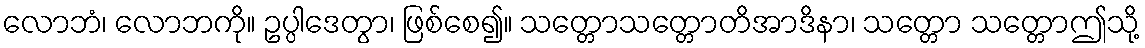
လောဘံ၊ လောဘကို။ ဥပ္ပါဒေတွာ၊ ဖြစ်စေ၍။ သတ္တောသတ္တောတိအာဒိနာ၊ သတ္တော သတ္တောဤသို့